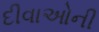
દીવાઓની